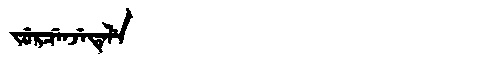
Manchu: ᠵᡠᡵᠴᡝᠨᠵᡝᡨᡝᠯᡝ
Romanization: JURCENJETELE